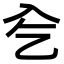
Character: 𠓟